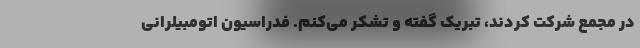
در مجمع شرکت کردند، تبریک گفته و تشکر می‌کنم. فدراسیون اتومبیلرانی